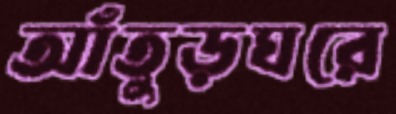
আঁতুড়ঘরে